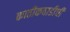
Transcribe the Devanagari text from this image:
काठीकवाडीची